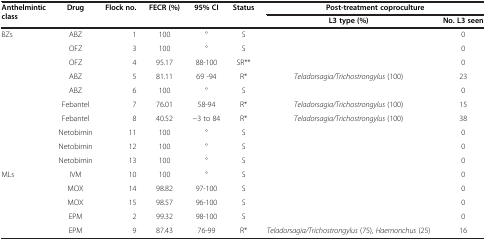
<table><thead><tr><td><b>Anthelmintic class</b></td><td><b>Drug</b></td><td><b>Flock no.</b></td><td><b>FECR (%)</b></td><td><b>95% CI</b></td><td><b>Status</b></td><td colspan="2"><b>Post-treatment coproculture</b></td></tr><tr><td colspan="6"><b> </b></td><td><b>L3 type (%)</b></td><td><b>No. L3 seen</b></td></tr></thead><tbody><tr><td rowspan="10">BZs</td><td>ABZ</td><td>1</td><td>100</td><td>°</td><td>S</td><td> </td><td>0</td></tr><tr><td>OFZ</td><td>3</td><td>100</td><td>°</td><td>S</td><td> </td><td>0</td></tr><tr><td>OFZ</td><td>4</td><td>95.17</td><td>88-100</td><td>SR**</td><td> </td><td>0</td></tr><tr><td>ABZ</td><td>5</td><td>81.11</td><td>69 -94</td><td>R*</td><td><i>Teladorsagia/Trichostrongylus</i> (100)</td><td>23</td></tr><tr><td>ABZ</td><td>6</td><td>100</td><td>°</td><td>S</td><td> </td><td>0</td></tr><tr><td>Febantel</td><td>7</td><td>76.01</td><td>58-94</td><td>R*</td><td><i>Teladorsagia/Trichostrongylus</i> (100)</td><td>15</td></tr><tr><td>Febantel</td><td>8</td><td>40.52</td><td>−3 to 84</td><td>R*</td><td><i>Teladorsagia/Trichostrongylus</i> (100)</td><td>38</td></tr><tr><td>Netobimin</td><td>11</td><td>100</td><td>°</td><td>S</td><td> </td><td>0</td></tr><tr><td>Netobimin</td><td>12</td><td>100</td><td>°</td><td>S</td><td> </td><td>0</td></tr><tr><td>Netobimin</td><td>13</td><td>100</td><td>°</td><td>S</td><td> </td><td>0</td></tr><tr><td rowspan="4">MLs</td><td>IVM</td><td>10</td><td>100</td><td>°</td><td>S</td><td> </td><td>0</td></tr><tr><td>MOX</td><td>14</td><td>98.82</td><td>97-100</td><td>S</td><td> </td><td>0</td></tr><tr><td>MOX</td><td>15</td><td>98.57</td><td>96-100</td><td>S</td><td> </td><td>0</td></tr><tr><td>EPM</td><td>2</td><td>99.32</td><td>98-100</td><td>S</td><td> </td><td>0</td></tr><tr><td> </td><td>EPM</td><td>9</td><td>87.43</td><td>76-99</td><td>R*</td><td><i>Teladorsagia/Trichostrongylus</i> (75), <i>Haemonchus</i> (25)</td><td>16</td></tr></tbody></table>